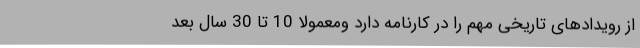
از رویدادهای تاریخی مهم را در کارنامه دارد ومعمولا 10 تا 30 سال بعد